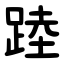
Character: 踛